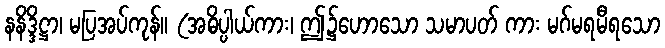
နနိဒ္ဒိဋ္ဌာ၊ မပြအပ်ကုန်။ (အဓိပ္ပါယ်ကား၊ ဤ၌ဟောသော သမာပတ် ကား မဂ်မရမီရသော